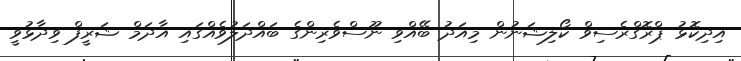
އިދިކޮޅު ޕްރޮގްރެސިވް ކޯލިޝަނުން މިއަދު ބޭއްވި ނޫސްވެރިންގެ ބައްދަލުވެއްގައި އާދަމް ޝަރީފް ވިދާޅުވީ